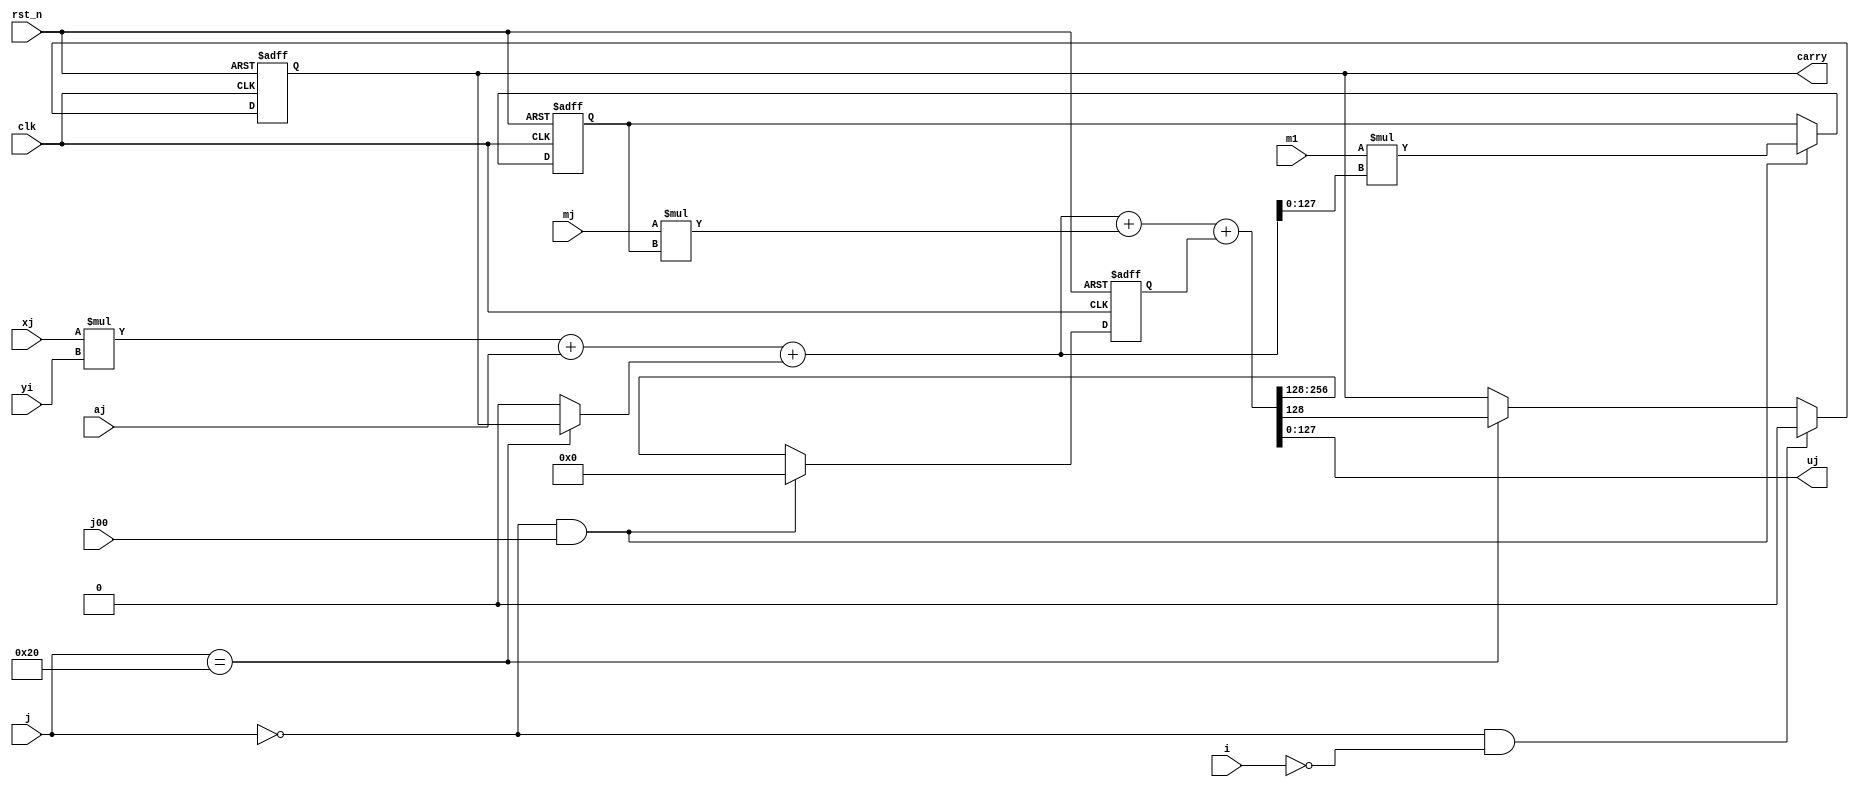
/*
*   Name        :IDDMM algorithm,process element
*   Description :
*   Orirgin     :20200707
*   Author      :
*/
module mm_iddmm_pe
#(
    parameter K = 128   ,// K bits in every group
    parameter N = 32     // number of groups 
)
(
    input   wire                    clk ,
    input   wire                    rst_n,

    input   wire [K-1          :0]  xj  ,
    input   wire [K-1          :0]  yi  ,
    input   wire [K-1          :0]  mj  ,
    input   wire [K-1          :0]  m1  ,
    input   wire [K-1          :0]  aj  ,
    input   wire [$clog2(N)-1  :0]  i   ,//[0-n-1]
    input   wire [$clog2(N)    :0]  j   ,//[0-n]
    input   wire                    j00 ,//j==0

    output  reg                     carry,
    output  wire [K-1          :0]  uj  
);
//-------------------------------------------------------------------------------
reg  [K-1  :0] q;
reg  [K    :0] c_pre;
wire [K    :0] c;
wire [2*K-1:0] s;
wire [2*K-1:0] r;

wire [2*K-1:0] xy ;//x*y
wire [K-1  :0] m1s;//m1*s%beta
wire [2*K  :0] u_c;//s+r+c
wire carry_clr = (j==0 && i==0);
wire carry_ena = (j==N);
wire c_pre_clr = (j==0 && j00);
wire q_ena     = (j==0 && j00);
//-------------------------------------------------------------------------------

assign  xy = xj * yi ;
assign  s  = xy + aj + (carry_ena?carry:1'd0);
assign  m1s= m1 * s[K-1:0];//k bits <= k bits * k bits
assign  r  = mj * q;
assign  u_c= s  + r  + c_pre; 
assign  c  = u_c[2*K+1-1:K];
assign  uj = u_c[K-1    :0];

always@(posedge clk or negedge rst_n)begin
    if (!rst_n) begin
        carry <= 1'd0;
    end else if(carry_clr)begin
        carry <= 1'd0;
    end else if(carry_ena)begin
        carry <= c[0];
    end
end
always@(posedge clk or negedge rst_n)begin
    if (!rst_n) begin
        q <= {(K){1'd0}};
    end else if(q_ena)begin
        q <= m1s;
    end
end
always@(posedge clk or negedge rst_n)begin
    if (!rst_n) begin
        c_pre <= {(K+1){1'd0}};
    end else if(c_pre_clr)begin
        c_pre <= {(K+1){1'd0}};
    end else begin
        c_pre <= c;
    end
end
endmodule